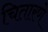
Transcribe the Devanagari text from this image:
चितारणे